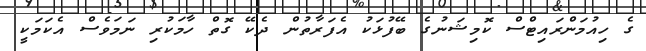
ގެ ހިއުމަންރައިޓްސް ކޮމިޝަނުގެ ބޭފުޅަކު އެފަރާތުން ދެކޭ ގޮތް ހާމަކުރި ނަމަވެސް އެކަމަކީ